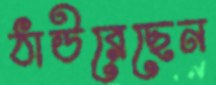
ঠাউরেছেন